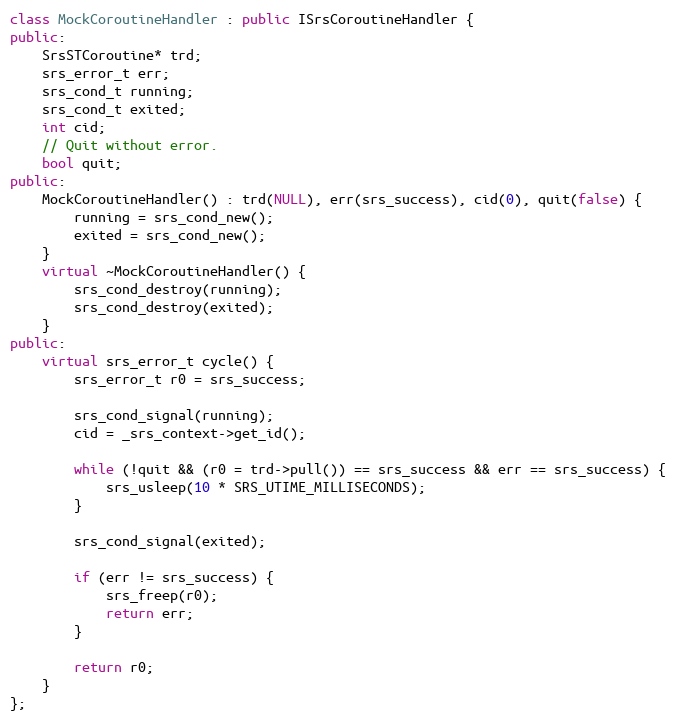
Language: C++
class MockCoroutineHandler : public ISrsCoroutineHandler {
public:
    SrsSTCoroutine* trd;
    srs_error_t err;
    srs_cond_t running;
    srs_cond_t exited;
    int cid;
    // Quit without error.
    bool quit;
public:
    MockCoroutineHandler() : trd(NULL), err(srs_success), cid(0), quit(false) {
        running = srs_cond_new();
        exited = srs_cond_new();
    }
    virtual ~MockCoroutineHandler() {
        srs_cond_destroy(running);
        srs_cond_destroy(exited);
    }
public:
    virtual srs_error_t cycle() {
        srs_error_t r0 = srs_success;

        srs_cond_signal(running);
        cid = _srs_context->get_id();

        while (!quit && (r0 = trd->pull()) == srs_success && err == srs_success) {
            srs_usleep(10 * SRS_UTIME_MILLISECONDS);
        }

        srs_cond_signal(exited);

        if (err != srs_success) {
            srs_freep(r0);
            return err;
        }

        return r0;
    }
};